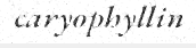
caryophyllin